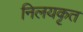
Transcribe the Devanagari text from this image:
निलयकृत